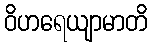
ဝိဟရေယျာမာတိ